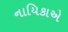
નાયિકાએ